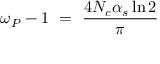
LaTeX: \omega _ { P } - 1 \ = \ { \frac { 4 N _ { c } \alpha _ { s } \ln { 2 } } { \pi } }